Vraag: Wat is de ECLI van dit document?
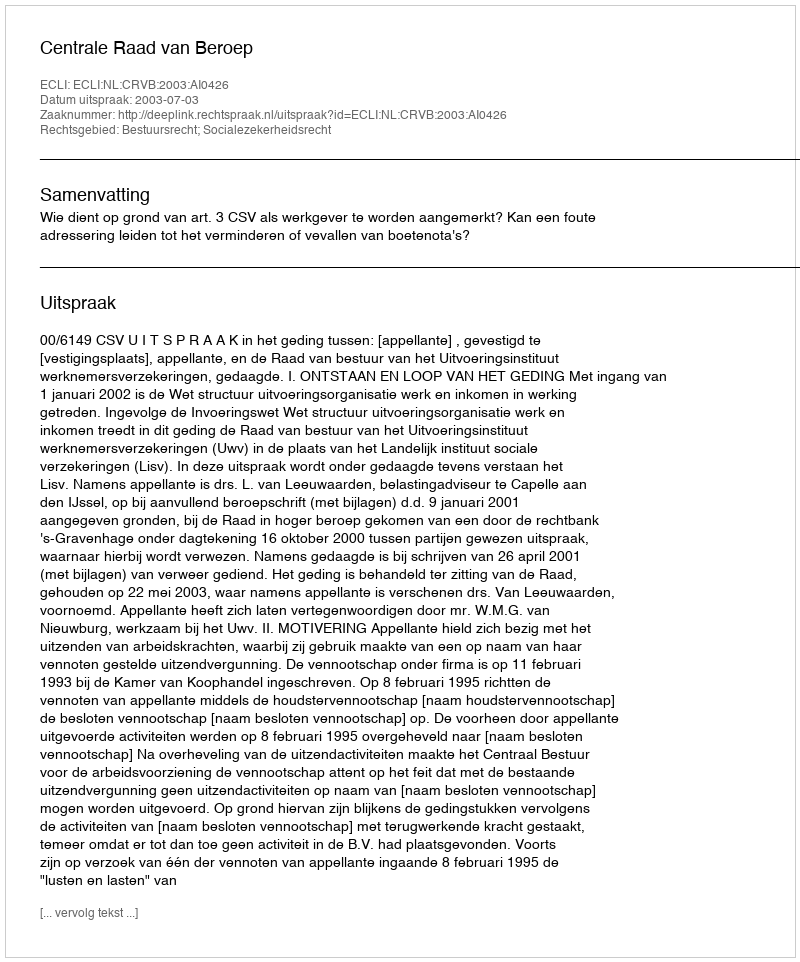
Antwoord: ECLI:NL:CRVB:2003:AI0426